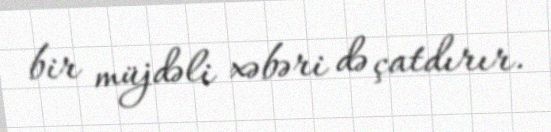
bir müjdəli xəbəri də çatdırır.